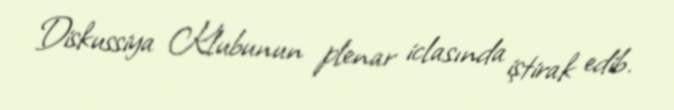
Diskussiya Klubunun plenar iclasında iştirak edib.